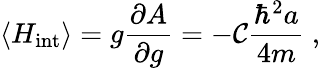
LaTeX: \langle H_{\mathrm{int}}\rangle=g\frac{\partial A}{\partial g}=-\mathcal{C}\frac{\hbar^{2}a}{4m}\ ,